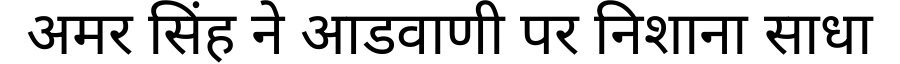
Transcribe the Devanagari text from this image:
अमर सिंह ने आडवाणी पर निशाना साधा